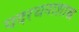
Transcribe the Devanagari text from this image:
पदरचनाशास्त्र